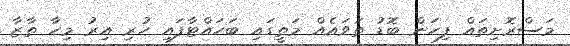
މަސްރޮށިތައް ފިހަން ބޮޑު ތަވައެއް މަތީގައި ބަހައްޓާފައި ހުރި އިރު މިހާ ތާޒާ